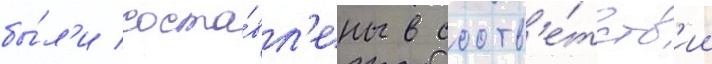
бы́л'и соста́вл'ены в соотв'е́тств'ии